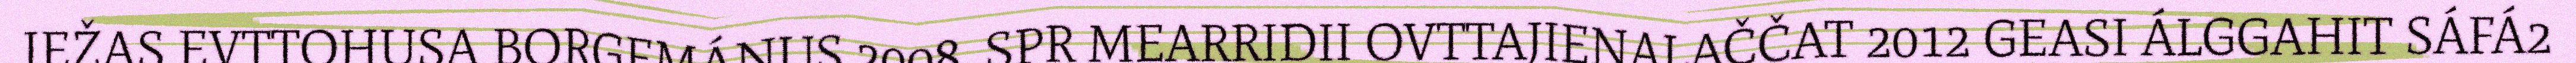
IEŽAS EVTTOHUSA BORGEMÁNUS 2008. SPR MEARRIDII OVTTAJIENALAČČAT 2012 GEASI ÁLGGAHIT SÁFÁ2